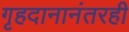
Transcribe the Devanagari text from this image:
गृहदानानंतरही